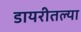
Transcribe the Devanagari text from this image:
डायरीतल्या